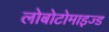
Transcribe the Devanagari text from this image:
लोबोटोमाइज्ड